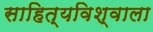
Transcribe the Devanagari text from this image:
साहित्यविश्‍वाला